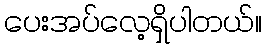
ပေးအပ်လေ့ရှိပါတယ်။